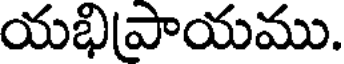
యభిపాయము.